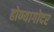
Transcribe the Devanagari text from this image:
होण्यागोदर